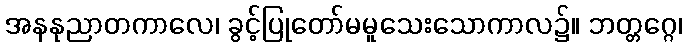
အနနုညာတကာလေ၊ ခွင့်ပြုတော်မမူသေးသောကာလ၌။ ဘတ္တဂ္ဂေ၊